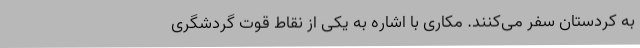
به کردستان سفر می‌کنند. مکاری با اشاره به یکی از نقاط قوت گردشگری